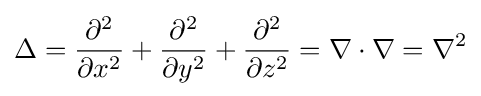
\Delta ={\partial ^{2} \over \partial x^{2}}+{\partial ^{2} \over \partial y^{2}}+{\partial ^{2} \over \partial z^{2}}=\nabla \cdot \nabla =\nabla ^{2}